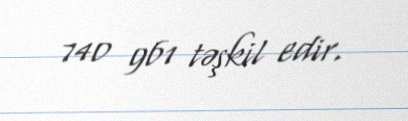
740 961 təşkil edir.